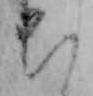
ち